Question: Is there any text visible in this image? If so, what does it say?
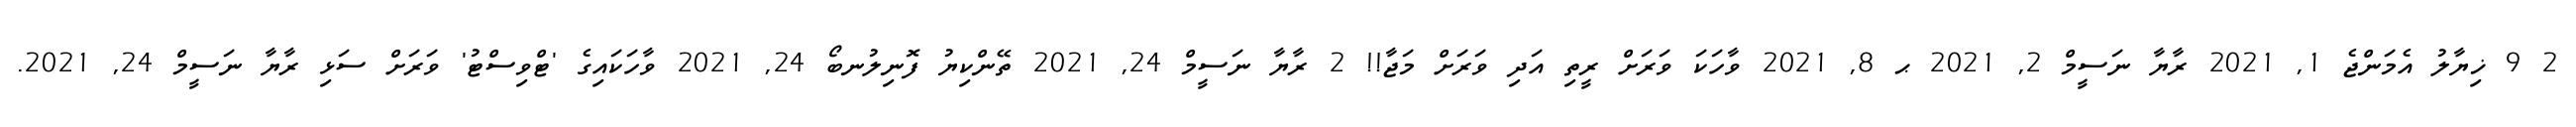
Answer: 2 9 ޚިޔާލު އެމަންޖެ 1, 2021 ރާޔާ ނަސީމް 2, 2021 ޙ 8, 2021 ވާހަކަ ވަރަށް ރީތި އަދި ވަރަށް މަޖާ!! 2 ރާޔާ ނަސީމް 24, 2021 ތޭންކިޔު ފޮނިލުނބޯ 24, 2021 ވާހަކައިގެ 'ޓްވިސްޓު' ވަރަށް ސަޅި ރާޔާ ނަސީމް 24, 2021.